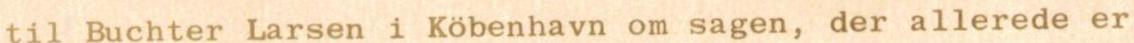
til Buchter Larsen i Köbenhavn om sagen, der allerede er